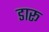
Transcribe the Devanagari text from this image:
डारू